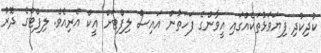
ކުދިކުދި ފިޔަވަޅުތަކެއްގައި އީވާންގެ ފަހަތުން އައިސް ލިފްޓަށް އީކް އެރިއެވެ. ލިފްޓްގެ ދޮރު